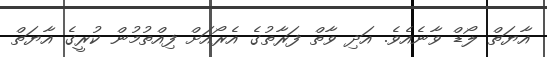
އާޔަތް ލޯޑް ވާނެއެވެ. އަދި ވާތް ފަރާތުގެ އެރޯއަށް ފިއްތުމުން ކުރީގެ އާޔަތް